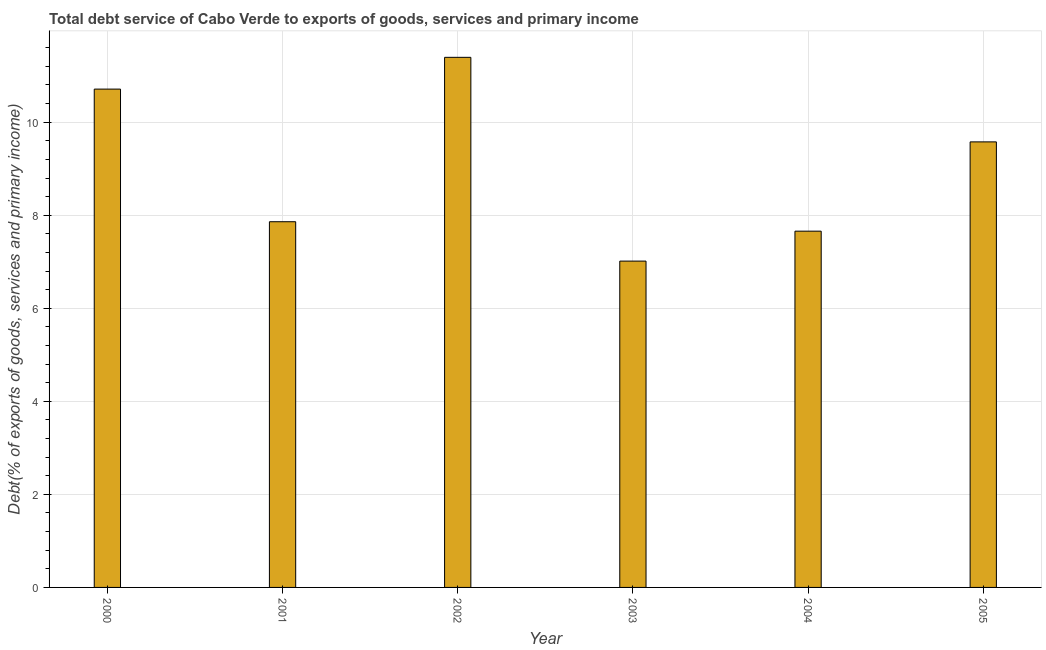
| Year | Total debt service |
 | --- | --- |
 | 2000 | 10.7 |
 | 2001 | 7.86 |
 | 2002 | 11.4 |
 | 2003 | 7.01 |
 | 2004 | 7.66 |
 | 2005 | 9.58 |